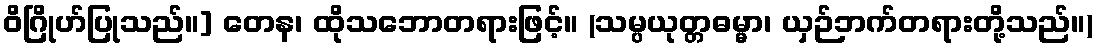
ဝိဂြိုဟ်ပြုသည်။] တေန၊ ထိုသဘောတရားဖြင့်။ (သမ္ပယုတ္တဓမ္မာ၊ ယှဉ်ဘက်တရားတို့သည်။)